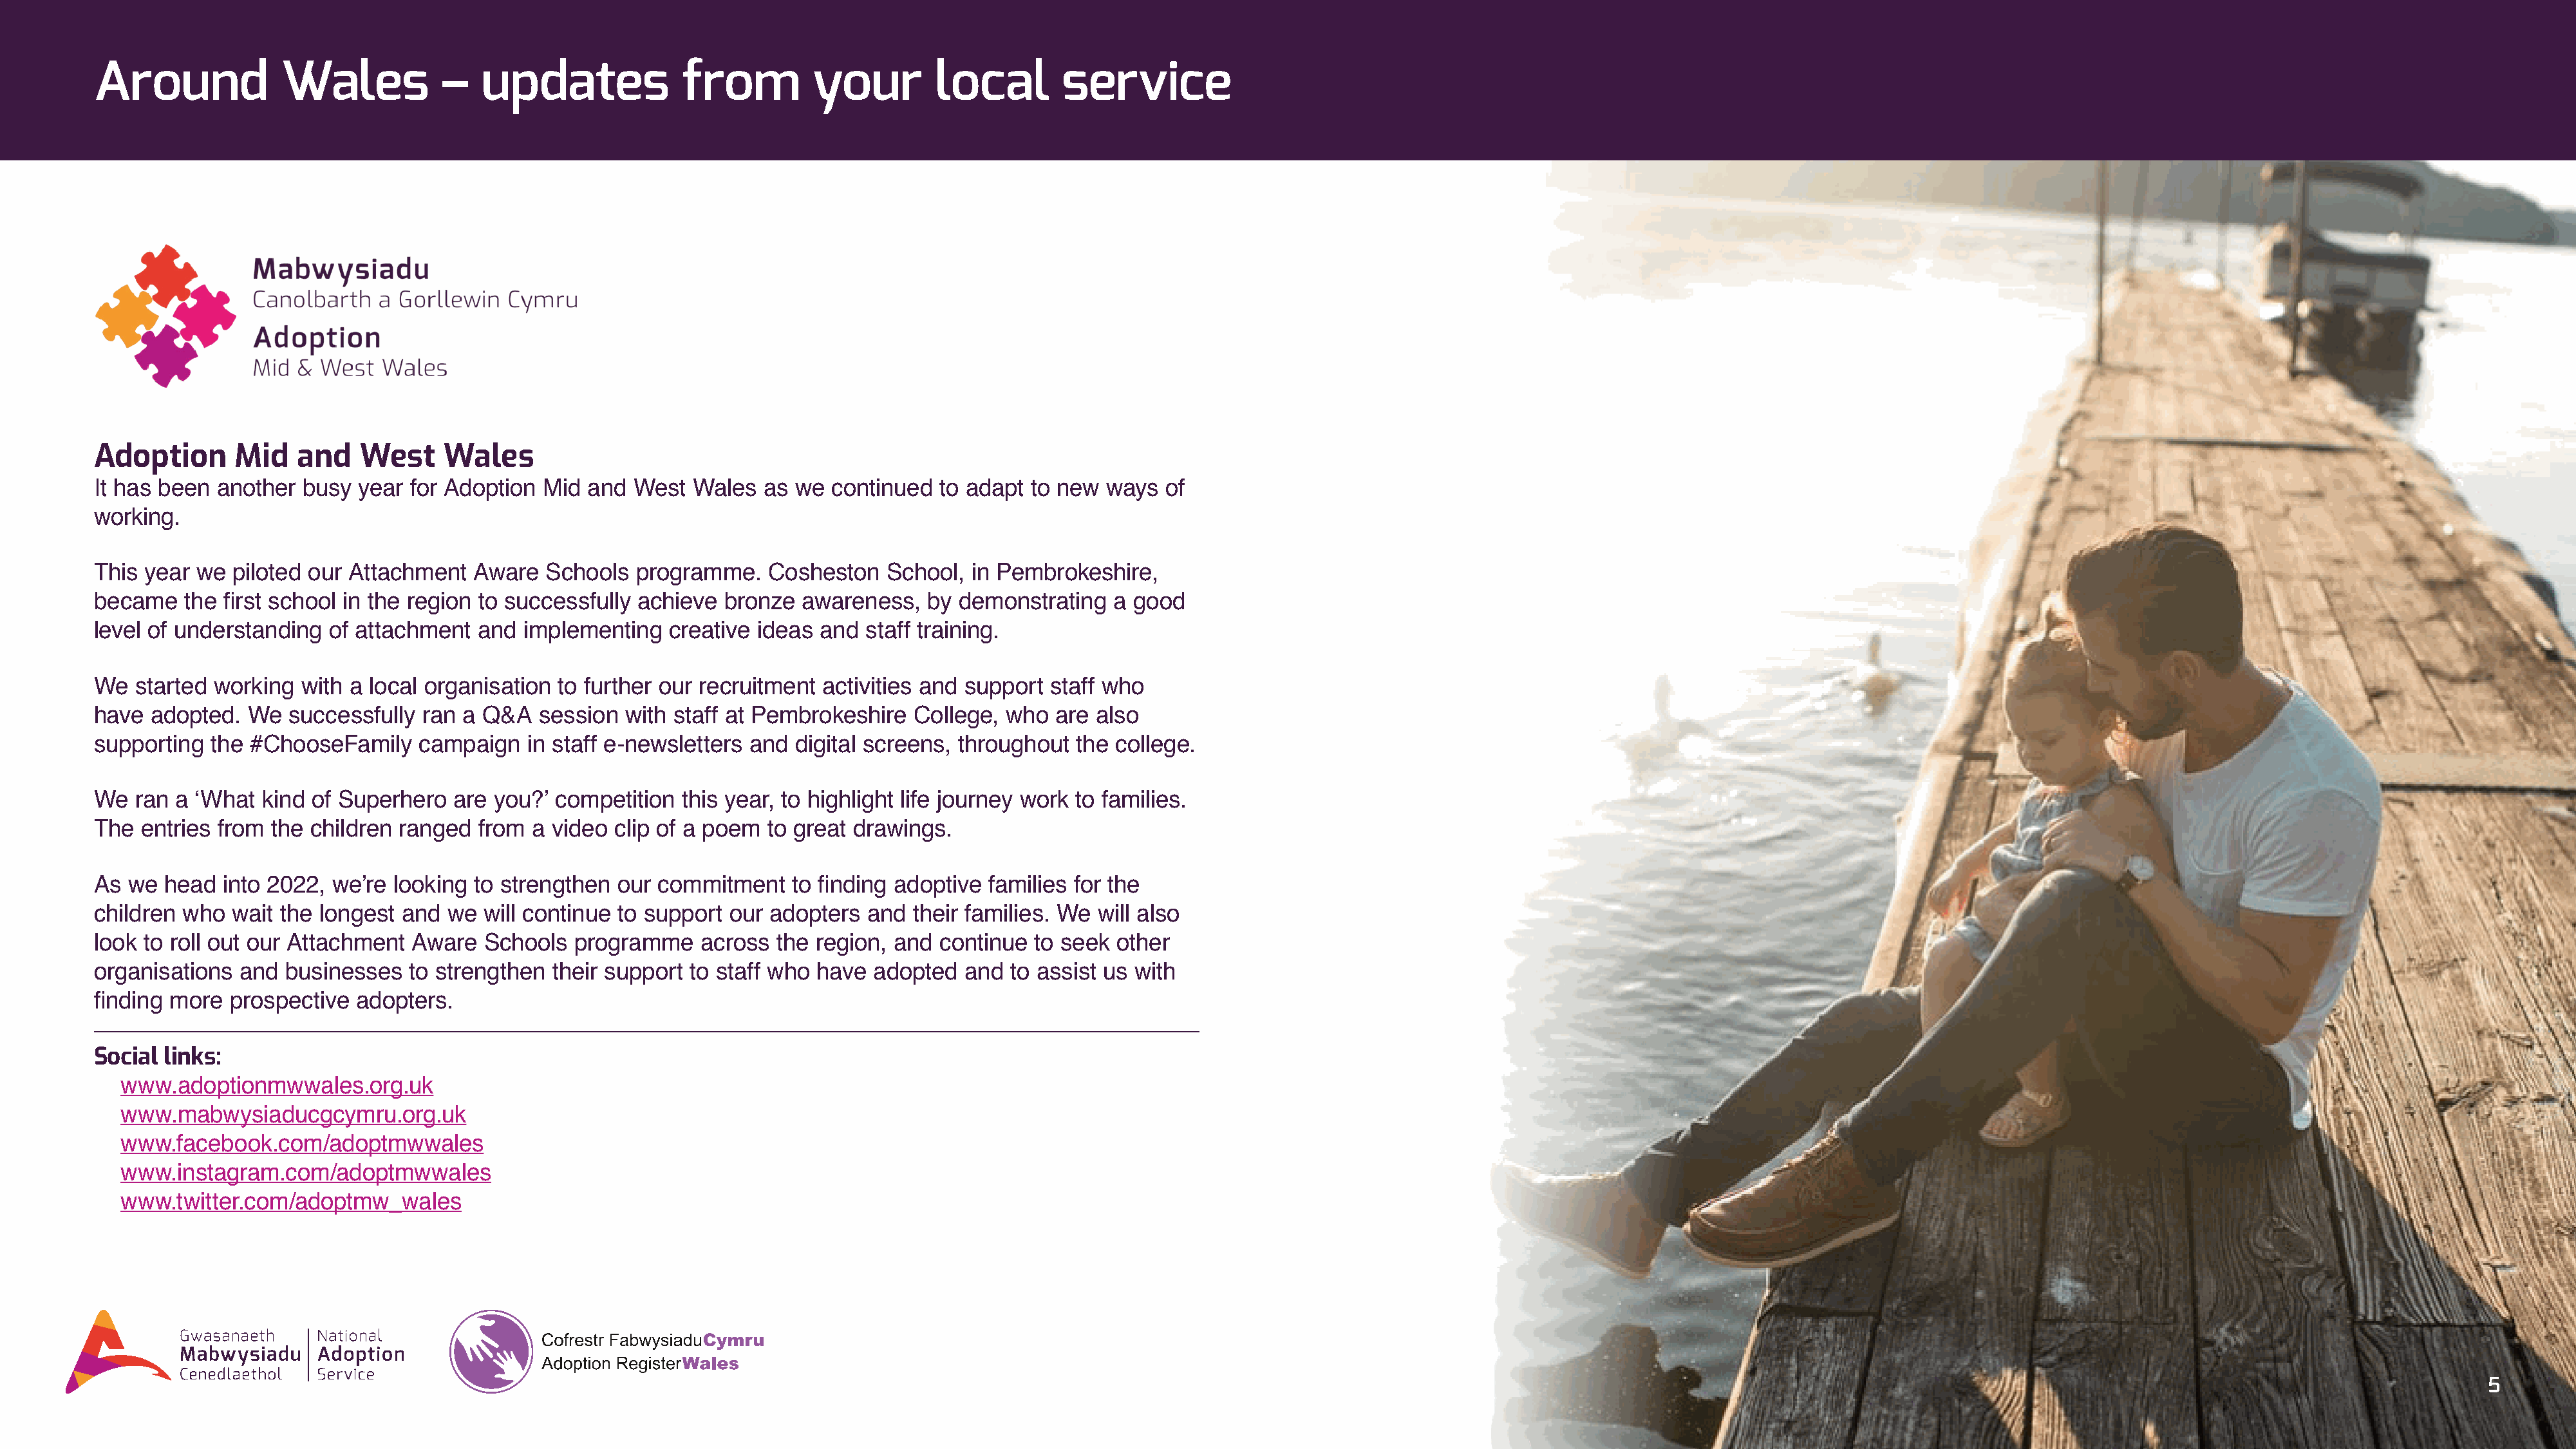
Around             Wales           –   updates              from          your        local        service
 Adoption      Mid    and   West     Wales
 It has been another  busy  year for Adoption  Mid and  West  Wales   as we continued   to adapt to new  ways  of
 working.
 This year we  piloted our Attachment   Aware  Schools  programme.    Cosheston   School,  in Pembrokeshire,
 became   the first school in the region to successfully achieve bronze  awareness,   by  demonstrating  a good
 level of understanding  of attachment  and  implementing   creative ideas and  staff training.
 We  started working  with a local organisation to further our recruitment  activities and support staff who
 have adopted.  We   successfully ran  a Q&A  session  with staff at Pembrokeshire   College, who  are  also
 supporting  the #ChooseFamily    campaign   in staff e-newsletters and  digital screens, throughout  the college.
 We  ran a ‘What  kind of Superhero   are you?’ competition  this year, to highlight life journey work to families.
 The  entries from the children ranged  from  a video clip of a poem  to great drawings.
 As we  head  into 2022, we’re looking  to strengthen our  commitment   to finding adoptive  families for the
 children who  wait the longest and  we  will continue to support our adopters  and  their families. We will also
 look to roll out our Attachment Aware   Schools  programme    across  the region, and  continue to seek  other
 organisations  and businesses   to strengthen  their support to staff who have  adopted  and  to assist us with
 finding more  prospective  adopters.
 Social links:
 www.adoptionmwwales.org.uk
 www.mabwysiaducgcymru.org.uk
 www.facebook.com/adoptmwwales
 www.instagram.com/adoptmwwales
 www.twitter.com/adoptmw_wales
 5